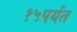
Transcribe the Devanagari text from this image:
१५पर्यंत